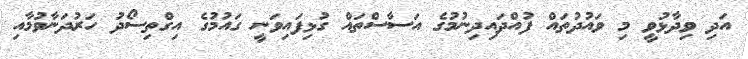
އަދި ވިދާޅުވީ މި ވައުދުތައް ފުއްދައިދިނުމުގެ އަސާސްތައް ގުޅިފައިވަނީ ގައުމުގެ އިގްތިސޯދު ހަރުދަނާވުމާއި